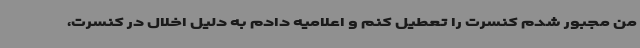
من مجبور شدم کنسرت را تعطیل کنم و اعلامیه دادم به دلیل اخلال در کنسرت،